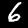
Digit: 6